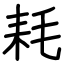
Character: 耗